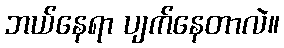
ဘယ်နေရာ ပျက်နေတာလဲ။